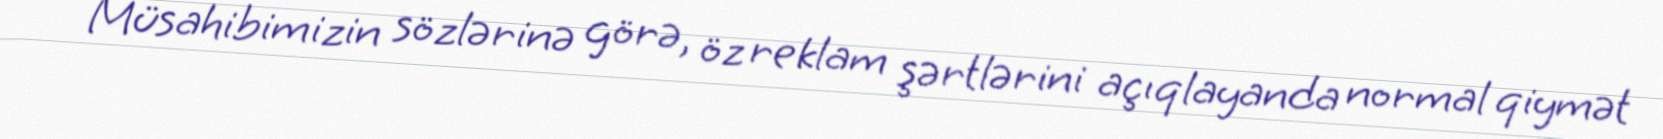
Müsahibimizin sözlərinə görə, öz reklam şərtlərini açıqlayanda normal qiymət